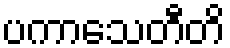
ပကာသေတီတိ